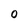
Character: O